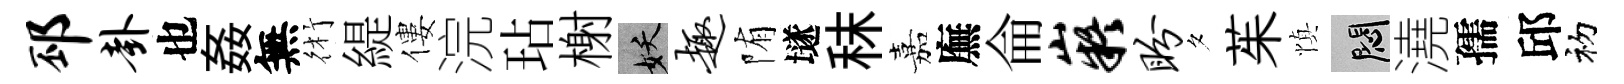
邳卦也姦無術緹僂浣玷榭妖趣陏𡑞秣嘉廡侖嶷盼夕茱慎悶澆孺邱初